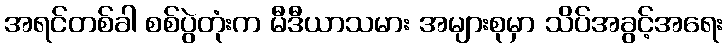
အရင်တစ်ခါ စစ်ပွဲတုံးက မီဒီယာသမား အများစုမှာ သိပ်အခွင့်အရေး